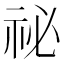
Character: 祕